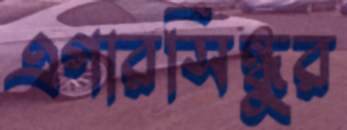
এগারসিন্ধুর